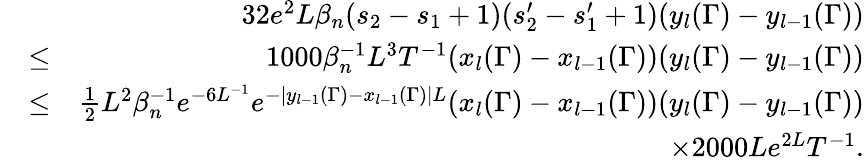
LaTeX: \begin{array}{rlr}&{}&{32e^{2}L\beta_{n}(s_{2}-s_{1}+1)(s_{2}^{\prime}-s_{1}^{\prime}+1)(y_{l}(\Gamma)-y_{l-1}(\Gamma))}\\ &{\leq}&{1000\beta_{n}^{-1}L^{3}T^{-1}(x_{l}(\Gamma)-x_{l-1}(\Gamma))(y_{l}(\Gamma)-y_{l-1}(\Gamma))}\\ &{\leq}&{\frac{1}{2}L^{2}\beta_{n}^{-1}e^{-6L^{-1}}e^{-|y_{l-1}(\Gamma)-x_{l-1}(\Gamma)|L}(x_{l}(\Gamma)-x_{l-1}(\Gamma))(y_{l}(\Gamma)-y_{l-1}(\Gamma))}\\ &{}&{\times 2000Le^{2L}T^{-1}.}\end{array}